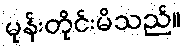
မုန်းတိုင်းမိသည်။